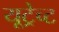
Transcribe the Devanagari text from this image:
यूट्रेच्ट